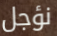
نؤجل